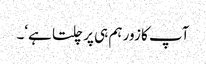
آپ کا زور ہم ہی پر چلتا ہے‘۔